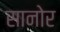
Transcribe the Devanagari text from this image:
सानोर